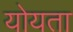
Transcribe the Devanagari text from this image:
योयता